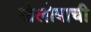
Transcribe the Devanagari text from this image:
खेलोबाची